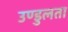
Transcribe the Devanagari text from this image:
उण्डुलता